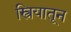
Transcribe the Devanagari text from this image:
स्त्रियातून